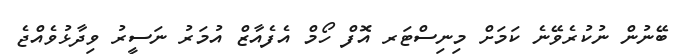
ބޭނުން ނުކުރެވޭނެ ކަމަށް މިނިސްޓަރ އޮފް ހޯމް އެފެއާޒް އުމަރު ނަސީރު ވިދާޅުވެއްޖެ